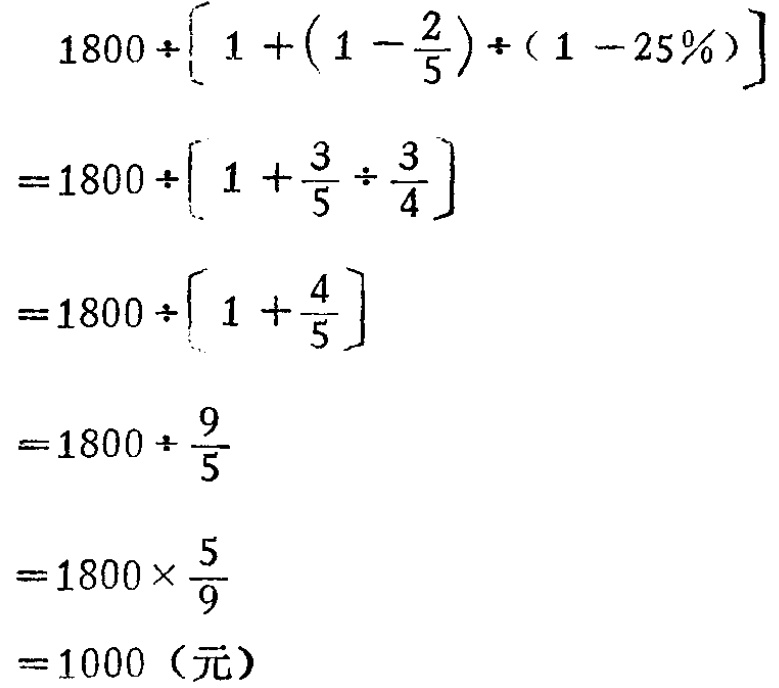
\[

\begin{align*}

&1800\div\left[1 + \left(1-\frac{2}{5}\right)\div(1 - 25\%)\right]\\

=&1800\div\left[1+\frac{3}{5}\div\frac{3}{4}\right]\\

=&1800\div\left[1+\frac{4}{5}\right]\\

=&1800\div\frac{9}{5}\\

=&1800\times\frac{5}{9}\\

=&1000 \text{（元）}

\end{align*}

\]